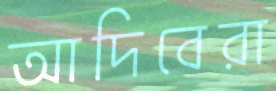
আদিবেরা